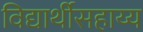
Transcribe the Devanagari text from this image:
विद्यार्थीसहाय्य